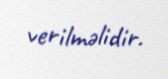
verilməlidir.